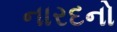
નારદનો